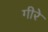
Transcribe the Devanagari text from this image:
गीरे